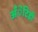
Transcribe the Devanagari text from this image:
अँेटिडी